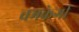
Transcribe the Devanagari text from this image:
चमकेगी